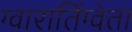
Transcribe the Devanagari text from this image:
ग्वारातिंग्वेता